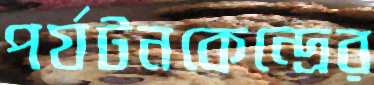
পর্যটনকেন্দ্রের